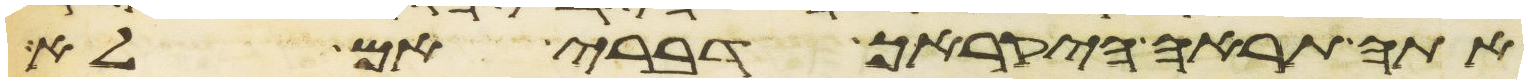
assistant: אתה תראה היקרך דברי אם לא